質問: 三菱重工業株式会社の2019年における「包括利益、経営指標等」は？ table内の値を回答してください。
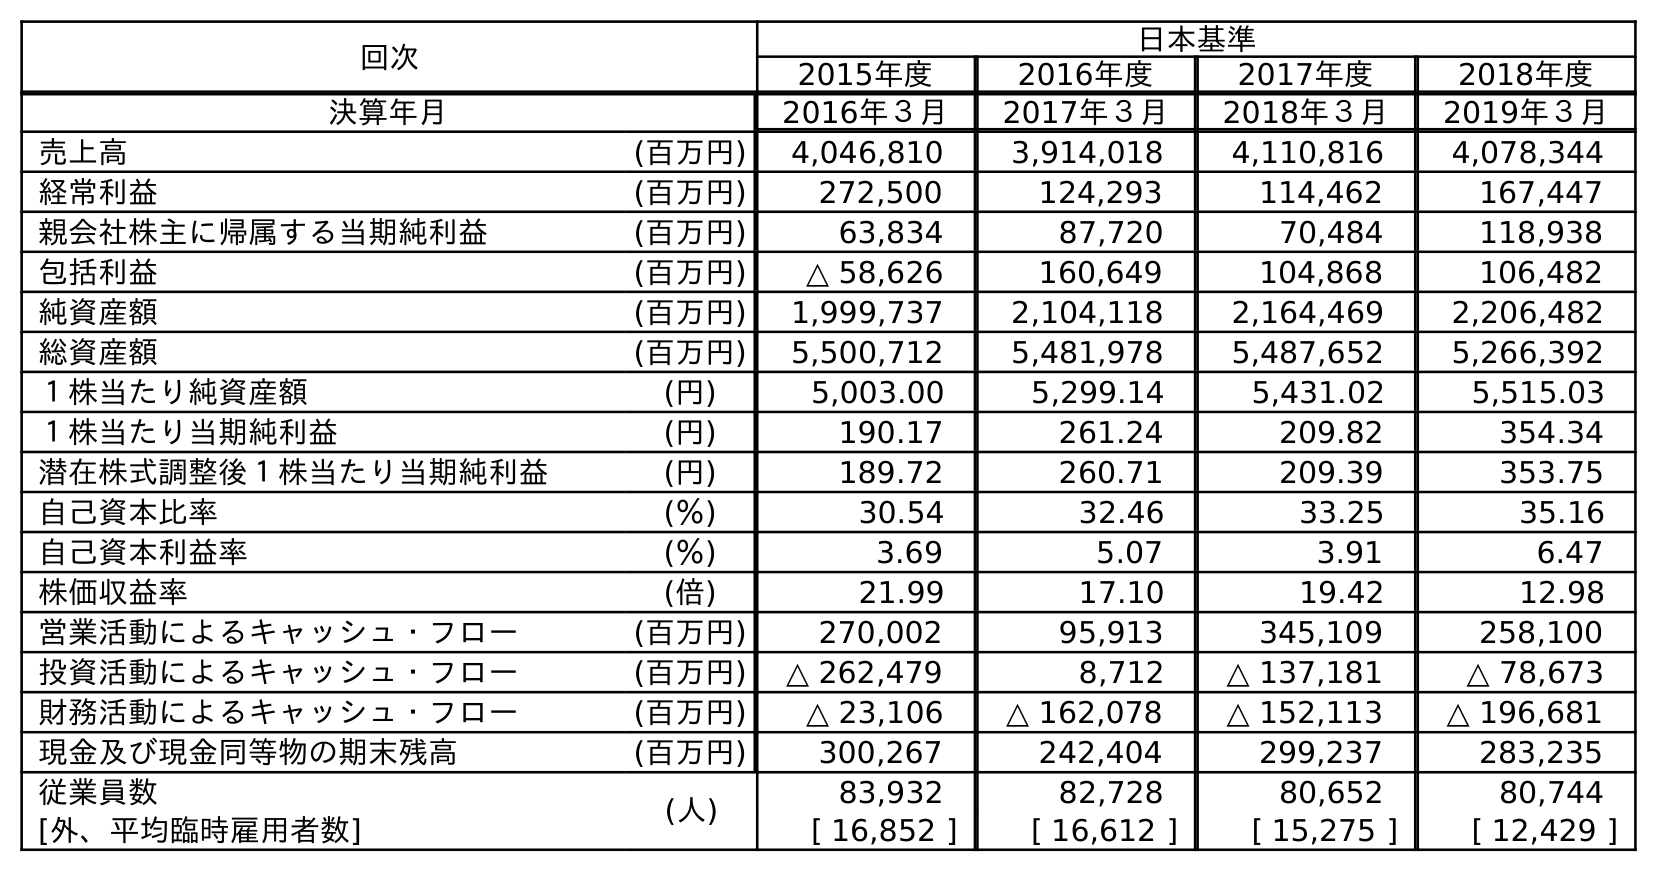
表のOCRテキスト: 回次 日本基準 2015年度 2016年度 2017年度 2018年度 決算年月 2016年３月 2017年３月 2018年３月 2019年３月 売上高 (百万円) 4,046,810 3,914,018 4,110,816 4,078,344 経常利益 (百万円) 272,500 124,293 114,462 167,447 親会社株主に帰属する当期純利益 (百万円) 63,834 87,720 70,484 118,938 包括利益 (百万円) △ 58,626 160,649 104,868 106,482 純資産額 (百万円) 1,999,737 2,104,118 2,164,469 2,206,482 総資産額 (百万円) 5,500,712 5,481,978 5,487,652 5,266,392 １株当たり純資産額 (円) 5,003.00 5,299.14 5,431.02 5,515.03 １株当たり当期純利益 (円) 190.17 261.24 209.82 354.34 潜在株式調整後１株当たり当期純利益 (円) 189.72 260.71 209.39 353.75 自己資本比率 (％) 30.54 32.46 33.25 35.16 自己資本利益率 (％) 3.69 5.07 3.91 6.47 株価収益率 (倍) 21.99 17.10 19.42 12.98 営業活動によるキャッシュ・フロー (百万円) 270,002 95,913 345,109 258,100 投資活動によるキャッシュ・フロー (百万円) △ 262,479 8,712 △ 137,181 △ 78,673 財務活動によるキャッシュ・フロー (百万円) △ 23,106 △ 162,078 △ 152,113 △ 196,681 現金及び現金同等物の期末残高 (百万円) 300,267 242,404 299,237 283,235 従業員数 (人) 83,932 82,728 80,652 80,744 [外、平均臨時雇用者数] [ 16,852 ] [ 16,612 ] [ 15,275 ] [ 12,429 ]
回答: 106,482